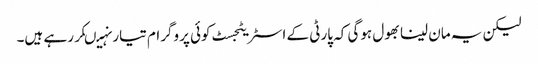
لیکن یہ مان لینا بھول ہوگی کہ پارٹی کے اسٹریٹجسٹ کوئی پروگرام تیار نہیںکررہے ہیں۔